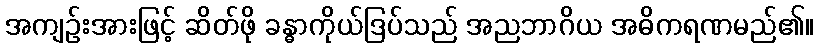
အကျဉ်းအားဖြင့် ဆိတ်ဖို ခန္ဓာကိုယ်ဒြပ်သည် အညဘာဂိယ အဓိကရဏမည်၏။